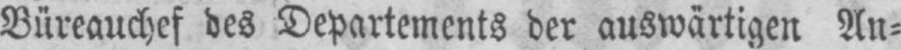
Büreauchef des Departements der auswärtigen An⸗